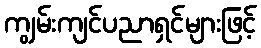
ကျွမ်းကျင်ပညာရှင်များဖြင့်